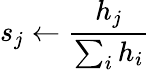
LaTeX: s_{j}\gets\frac{h_{j}}{\sum_{i}h_{i}}